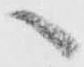
へ